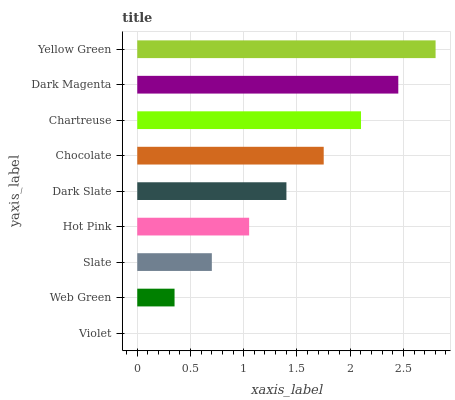
| yaxis_label | bars |
 | --- | --- |
 | Violet | 0 |
 | Web Green | 0.35 |
 | Slate | 0.701 |
 | Hot Pink | 1.05 |
 | Dark Slate | 1.4 |
 | Chocolate | 1.75 |
 | Chartreuse | 2.1 |
 | Dark Magenta | 2.45 |
 | Yellow Green | 2.8 |